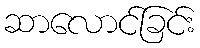
ဆာလောင်ခြင်း